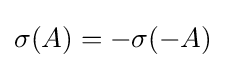
\sigma (A)=-\sigma (-A)